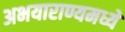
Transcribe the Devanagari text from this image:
अभयाराण्यमध्ये